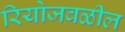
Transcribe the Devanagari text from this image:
रियोजवळील